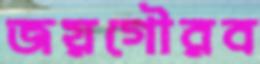
জয়গৌরব